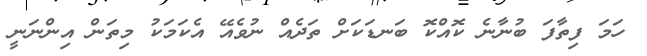
ހަމަ ފިތާފަ ބުނާނެ ކޮއްކޮ ބަނޑަކަށް ތަދެއް ނުވެއޭ އެކަމަކު މިތަން އިންނަނީ